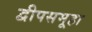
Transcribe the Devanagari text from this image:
द्वीपसमूहा